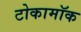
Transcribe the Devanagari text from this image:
टोकामॉक